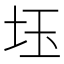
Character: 𡊩